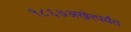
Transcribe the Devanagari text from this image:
१८६७अखेरपर्यंत